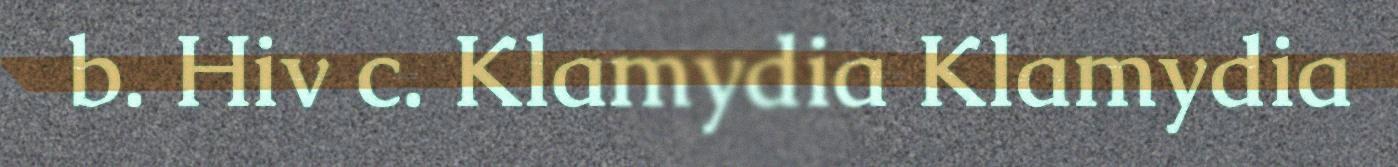
b. Hiv c. Klamydia Klamydia